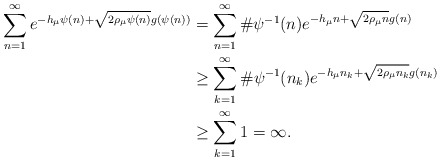
\begin{align*}\sum_{n=1}^\infty e^{-h_\mu\psi(n)+\sqrt{2\rho_\mu \psi(n)} g(\psi(n))}&=\sum_{n=1}^\infty \#\psi^{-1}(n)e^{-h_\mu n+\sqrt{2\rho_\mu n} g(n)} \\&\geq\sum_{k=1}^\infty \#\psi^{-1}(n_k)e^{-h_\mu n_k+\sqrt{2\rho_\mu n_k} g(n_k)} \\&\geq \sum_{k=1}^\infty1=\infty.\end{align*}